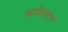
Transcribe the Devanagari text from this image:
सारीपाटच